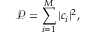
\mathcal { P } = \sum _ { i = 1 } ^ { M } | c _ { i } | ^ { 2 } ,